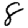
Digit: 8